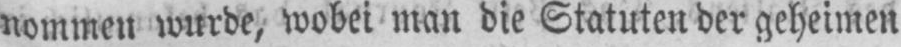
nommen wurde, wobei man die Statuten der geheimen